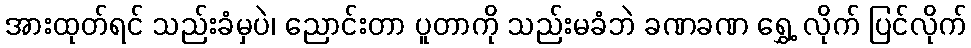
အားထုတ်ရင် သည်းခံမှပဲ၊ ညောင်းတာ ပူတာကို သည်းမခံဘဲ ခဏခဏ ရွှေ့ လိုက် ပြင်လိုက်